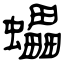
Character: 蠝